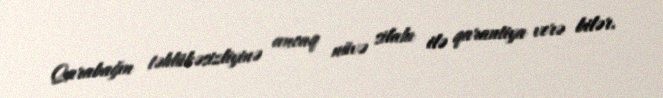
Qarabağın təhlükəsizliyinə ancaq nüvə silahı ilə qarantiya verə bilər.